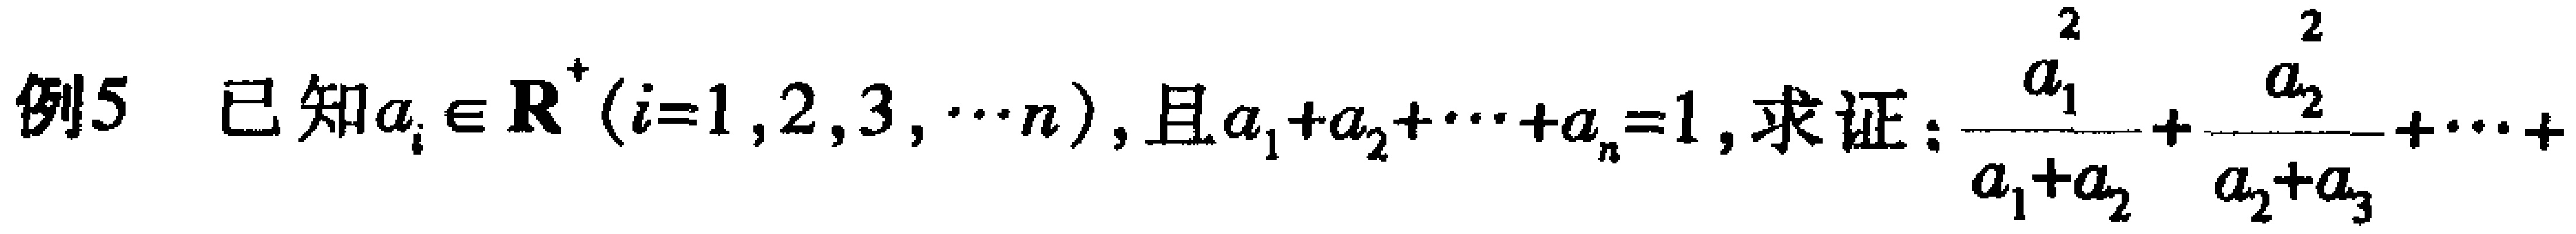
例5 已知\(a_{i} \in \mathbf{R}^{+}(i = 1,2,3,\cdots n)\)，且\(a_{1}+a_{2}+\cdots +a_{n}=1\)，求证：\(\frac{a_{1}^{2}}{a_{1}+a_{2}}+\frac{a_{2}^{2}}{a_{2}+a_{3}}+\cdots+\)